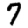
Digit: 7